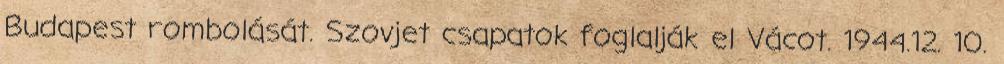
Budapest rombolását. Szovjet csapatok foglalják el Vácot. 1944.12. 10.